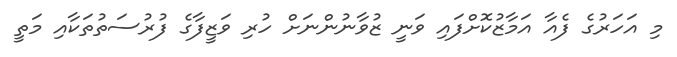
މި އަހަރުގެ ފެއާ އަމާޒުކޮށްފައި ވަނީ ޒުވާނުންނަށް ހުރި ވަޒީފާގެ ފުރުސަތުތަކާއި މަތީ